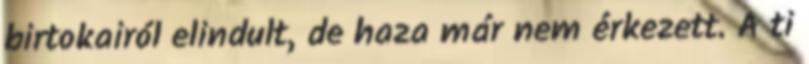
birtokairól elindult, de haza már nem érkezett. A ti